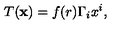
T ( { \bf x } ) = f ( r ) \Gamma _ { i } x ^ { i } ,